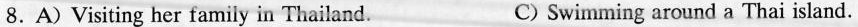
8.A) Visiting her family in Thailand. C) Swimming around a Thai island.